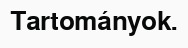
Tartományok.